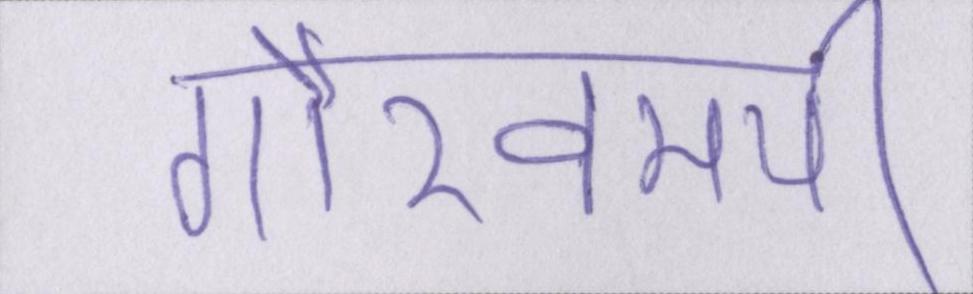
गौरवमयी